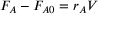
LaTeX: F _ { A } - F _ { A 0 } = r _ { A } V